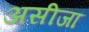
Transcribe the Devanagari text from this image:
असीजा